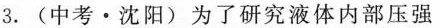
3. (中考 · 沈阳)为了研究液体内部压强